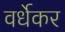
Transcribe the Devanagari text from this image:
वर्धेकर